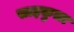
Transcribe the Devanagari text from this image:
साइकुला